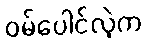
ဝမ်ပေါင်လဲ့က